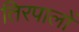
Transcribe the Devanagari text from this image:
तिरपालों